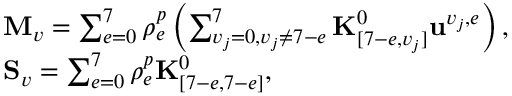
\begin{array} { r l } & { \mathbf { M } _ { v } = \sum _ { e = 0 } ^ { 7 } \rho _ { e } ^ { p } \left( \sum _ { v _ { j } = 0 , v _ { j } \ne 7 - e } ^ { 7 } \mathbf { K } _ { [ 7 - e , v _ { j } ] } ^ { 0 } \mathbf { u } ^ { v _ { j } , e } \right) , } \\ & { \mathbf { S } _ { v } = \sum _ { e = 0 } ^ { 7 } \rho _ { e } ^ { p } \mathbf { K } _ { [ 7 - e , 7 - e ] } ^ { 0 } , } \end{array}